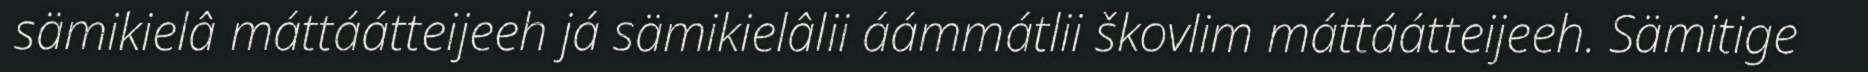
sämikielâ máttáátteijeeh já sämikielâlii áámmátlii škovlim máttáátteijeeh. Sämitige